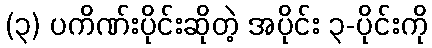
(၃) ပကိဏ်းပိုင်းဆိုတဲ့ အပိုင်း ၃-ပိုင်းကို